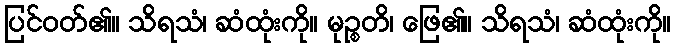
ပြင်ဝတ်၏။ သိရသံ၊ ဆံထုံးကို။ မုဉ္စတိ၊ ဖြေ၏။ သိရသံ၊ ဆံထုံးကို။